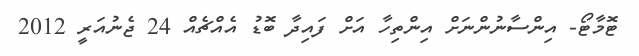
ޓޮމާޓޯ- އިންސާނުންނަށް އިންތިހާ އަށް ފައިދާ ބޮޑު އެއްޗެއް 24 ޖެނުއަރީ 2012